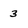
Character: 3